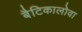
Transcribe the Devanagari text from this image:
बैटिकालोवा